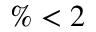
\% < 2